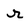
Character: r